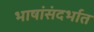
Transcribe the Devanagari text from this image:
भाषांसंदर्भात